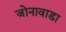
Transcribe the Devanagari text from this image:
जोनावाडा